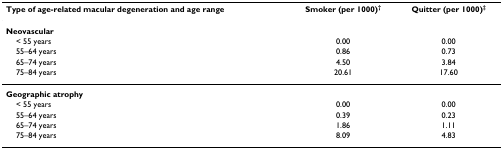
<table><thead><tr><td><b>Type of age-related macular degeneration and age range</b></td><td><b>Smoker (per 1000)<sup>†</sup></b></td><td><b>Quitter (per 1000)<sup>‡</sup></b></td></tr></thead><tbody><tr><td><b>Neovascular</b></td><td></td><td></td></tr><tr><td> &lt; 55 years</td><td>0.00</td><td>0.00</td></tr><tr><td> 55–64 years</td><td>0.86</td><td>0.73</td></tr><tr><td> 65–74 years</td><td>4.50</td><td>3.84</td></tr><tr><td> 75–84 years</td><td>20.61</td><td>17.60</td></tr><tr><td><b>Geographic atrophy</b></td><td></td><td></td></tr><tr><td> &lt; 55 years</td><td>0.00</td><td>0.00</td></tr><tr><td> 55–64 years</td><td>0.39</td><td>0.23</td></tr><tr><td> 65–74 years</td><td>1.86</td><td>1.11</td></tr><tr><td> 75–84 years</td><td>8.09</td><td>4.83</td></tr></tbody></table>